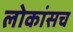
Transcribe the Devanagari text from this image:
लोकांसच